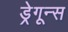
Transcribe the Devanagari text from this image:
ड्रेगून्स